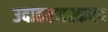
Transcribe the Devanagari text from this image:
उदाहरणस्करप